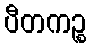
ပီတကဉ္စ